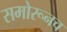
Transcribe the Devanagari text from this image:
समोरूनच